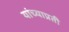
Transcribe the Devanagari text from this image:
यांच्याप्रती